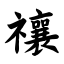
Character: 禳